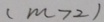
( m > 2 )